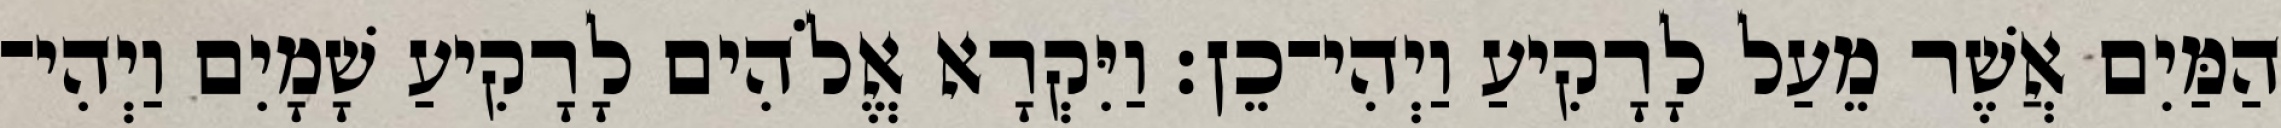
הַמַּיִם אֲשֶׁר מֵעַל לָרָקִיעַ וַיְהִי־כֵן׃ וַיִּקְרָא אֱלֹהִים לָרָקִיעַ שָׁמָיִם וַיְהִי־